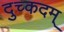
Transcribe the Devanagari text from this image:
दुच्कदम्